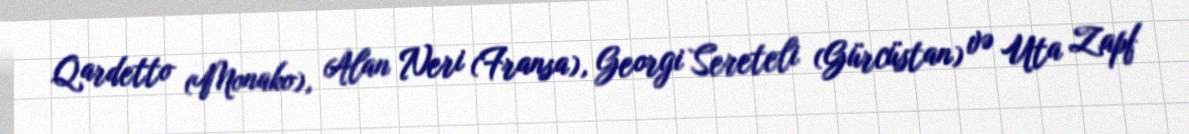
Qardetto (Monako), Alan Neri (Fransa), Georgi Sereteli (Gürcüstan) və Uta Zapf